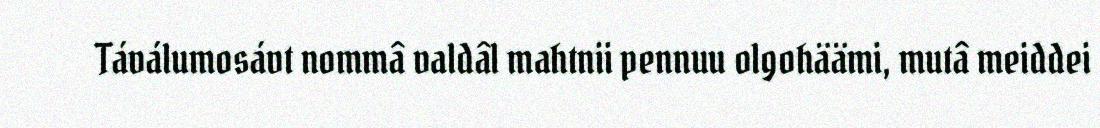
Táválumosávt nommâ valdâl mahtnii pennuu olgohäämi, mutâ meiddei